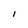
Character: 1